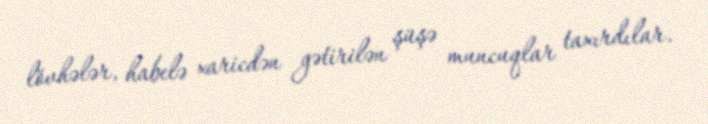
lövhələr, habelə xaricdən gətirilən şüşə muncuqlar taxırdılar.